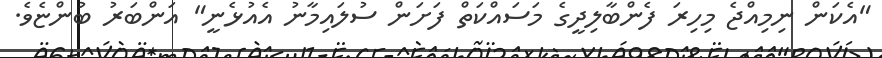
"އެކަން ނިމިއްޖެ މިހިރަ ފެންބާލިދީގެ މަސައްކަތް ފަށަން ސުލައިމާނު އެއުޅެނީ" އަންބަރު ބުންޏެވެ.